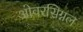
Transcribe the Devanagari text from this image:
ओवरसिग्नल